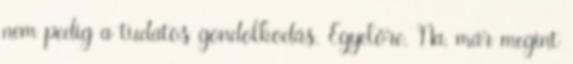
nem pedig a tudatos gondolkodás. Egyelőre. Na, már megint